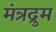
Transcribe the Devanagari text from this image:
मंत्रद्रुम